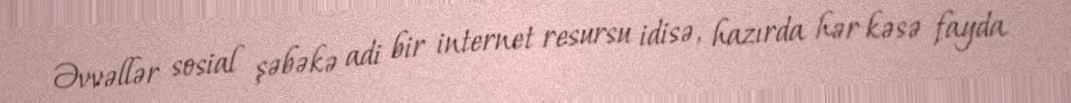
Əvvəllər sosial şəbəkə adi bir internet resursu idisə, hazırda hər kəsə fayda